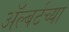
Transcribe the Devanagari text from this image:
ॲल्बर्टच्या